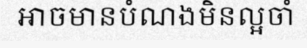
អាចមានបំណងមិនល្អចាំ